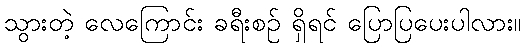
သွားတဲ့ လေကြောင်း ခရီးစဉ် ရှိရင် ပြောပြပေးပါလား။